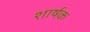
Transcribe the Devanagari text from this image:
शार्षक